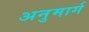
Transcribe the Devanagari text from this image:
अनुमार्ग